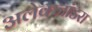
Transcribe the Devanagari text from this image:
अलेक्जांडरा